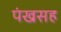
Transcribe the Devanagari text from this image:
पंखसह